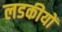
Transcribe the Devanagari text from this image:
लडकीयों